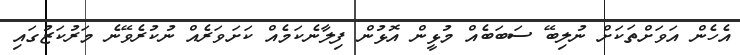
އެހެން އަވަށްތަކަށް ނުލިބޭ ސަބަބެއް މުޅީން އޮޅުން ފިލާނެކަމެއް ކަށަވަރެއް ނުކުރެވޭނެ މަރުކަޒުގައި